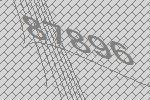
87896